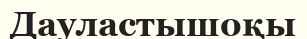
Дауластышоқы